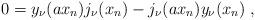
LaTeX: \begin{align*}0=y_\nu (ax_n)j_\nu(x_n) - j_\nu (ax_n)y_\nu(x_n)\;,\end{align*}